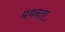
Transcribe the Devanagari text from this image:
प्रधनता